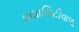
ડાયાબિટીવાળા